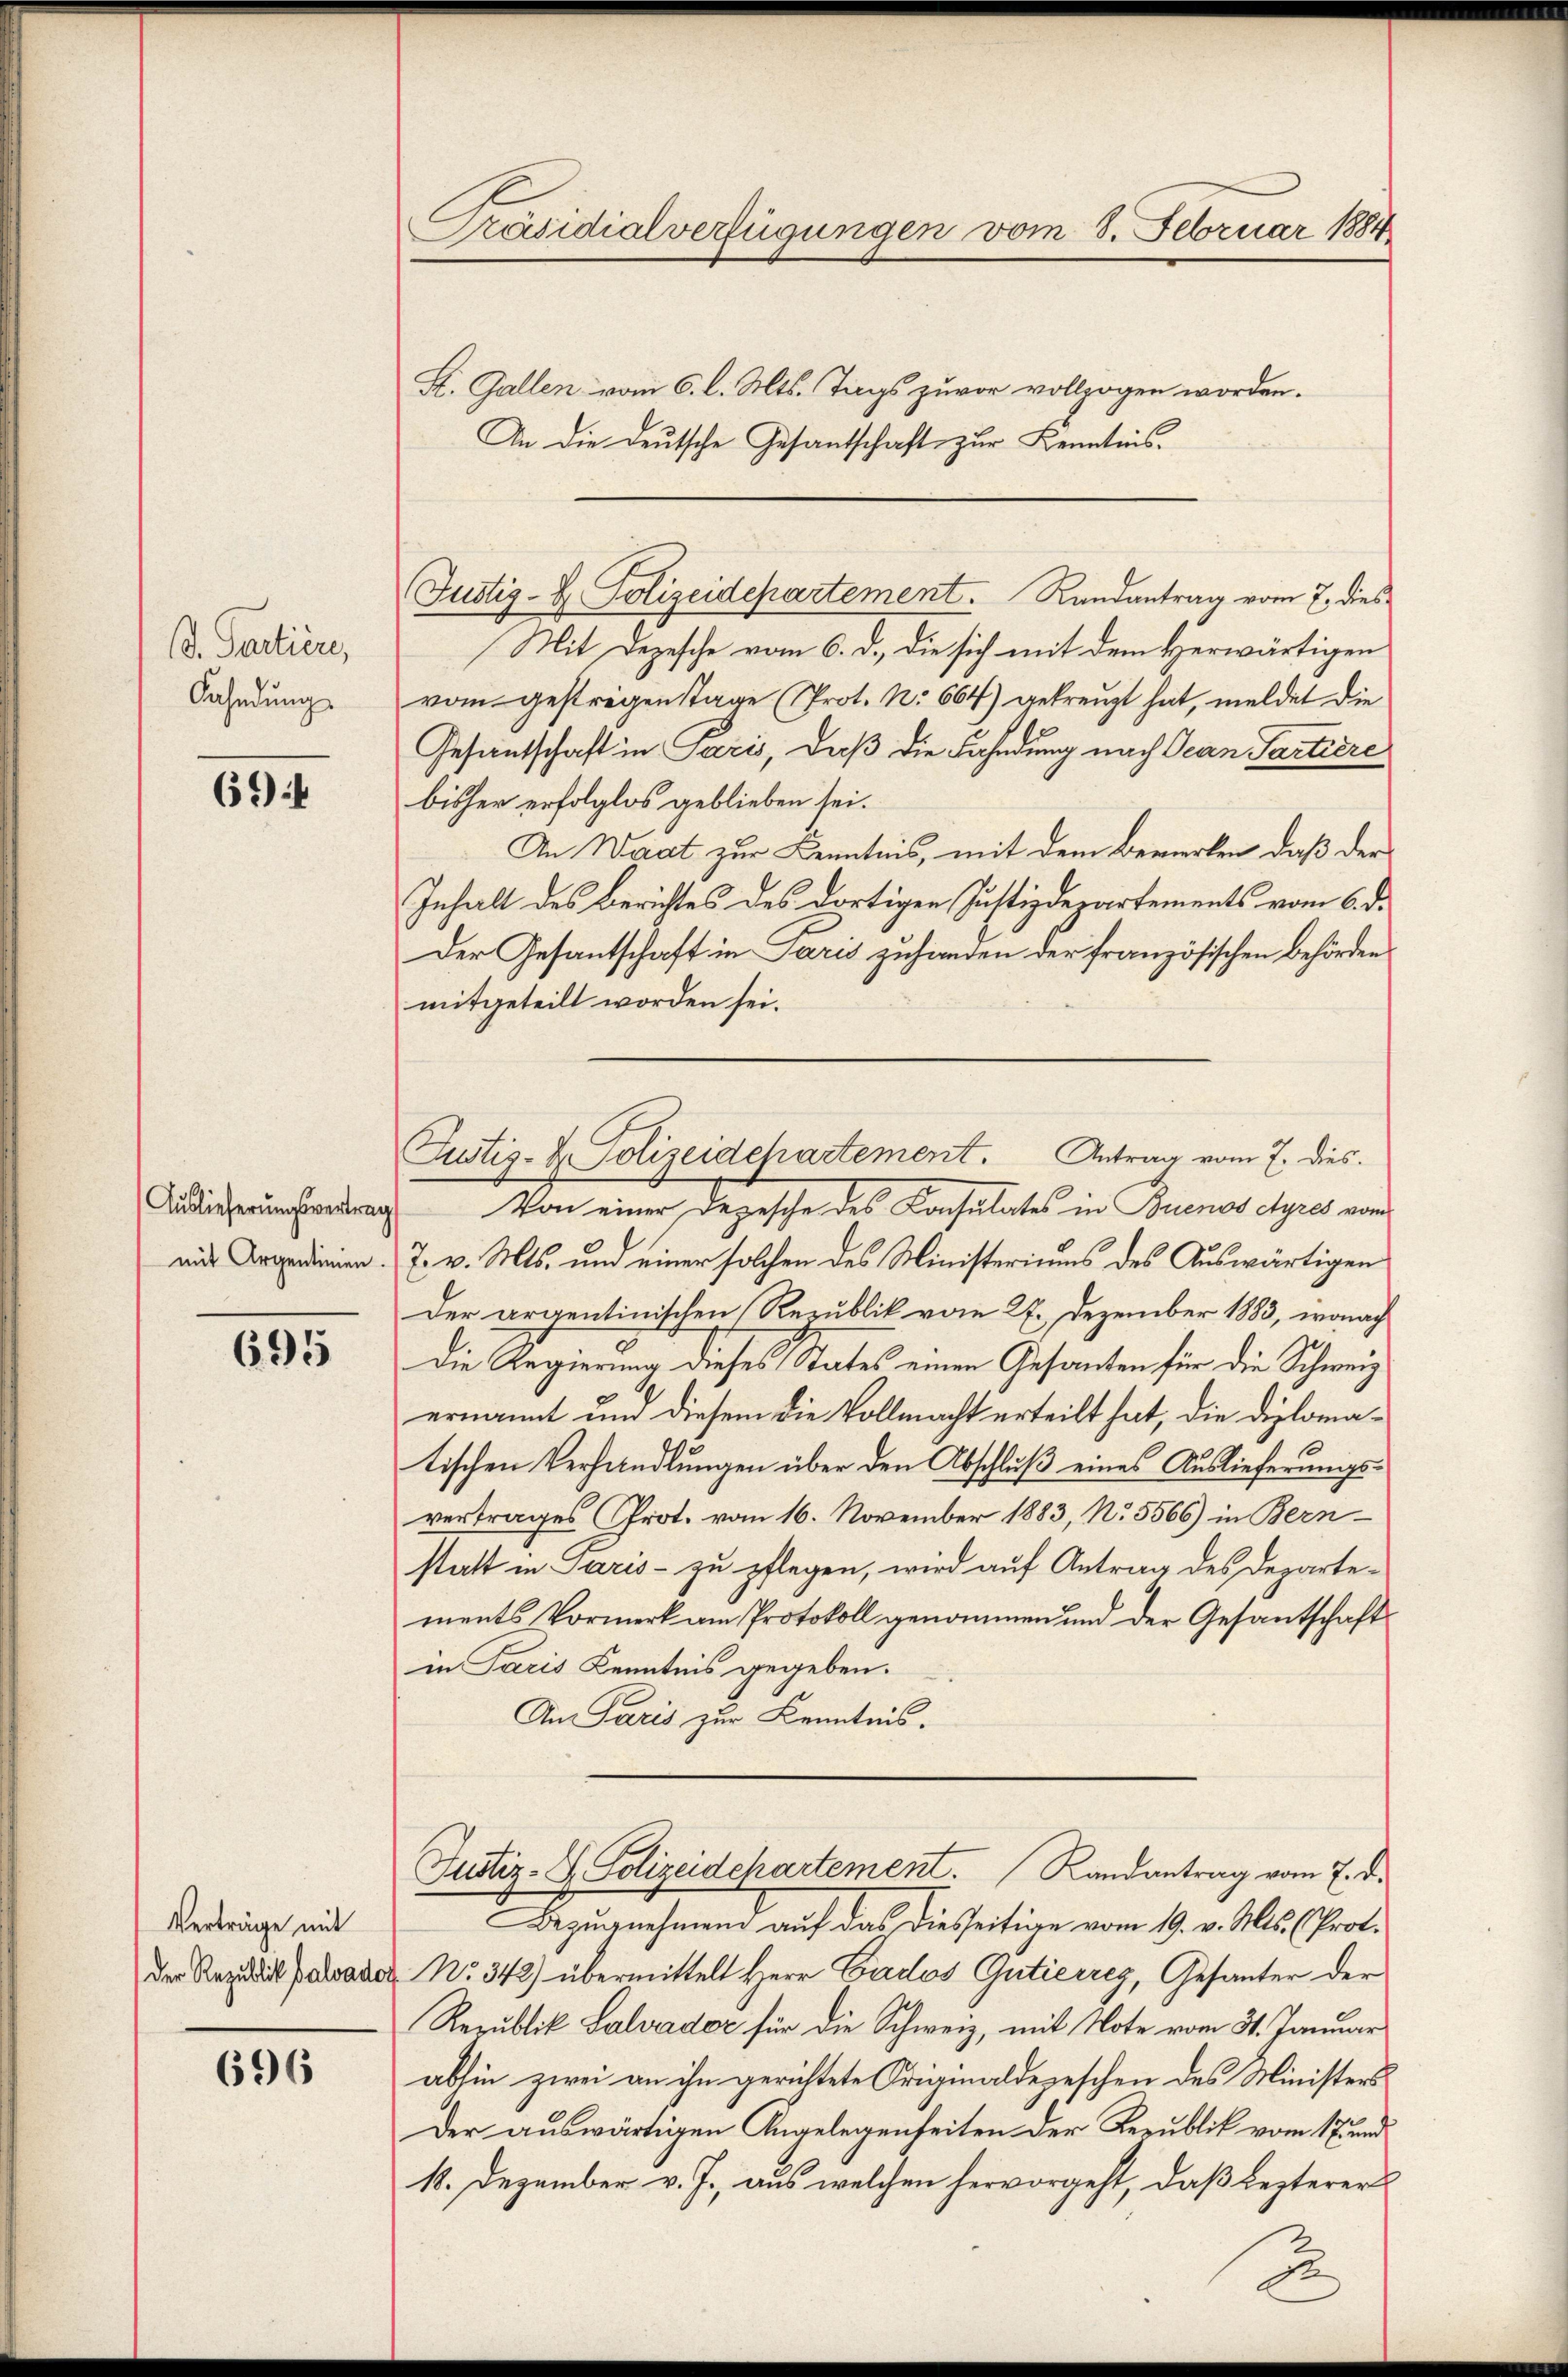
B. Partiere,
Fahndung

69)

mit Argentinien.

695

Verträge mit

696

Präsidialverfügungen vom 8. Februar 1884

St. Gallen vom 6. l. Mts. Tags zuvor vollzogen worden.
An die deutsche Gesantschaft zur Kenntnis.
Justiz- & Polizeidepartement. Randantrag vom 7. dies
Mit Depesche vom 6. d. die sich mit dem Herwärtigen
vom gestrigen Tage (Prot. N. 664) gekreuzt hat, meldet die
Gesantschaft in Paris, daß die Fahndung nach Jean Partiere
bisher erfolglos geblieben sei.
An Waat zur Kenntnis, mit dem Bemerken, daß der
Inhalt des Berichtes des dortigen Justizdepartements vom 6. d.
Der Gesantschaft in Paris zuhänden der französischen Behörden
mitgeteilt worden sei.
 Von einer Depesche des Konsulates in Buenos Ayres vom
7. v. Mts. und einer solchen des Ministeriums des Auswärtigen
Der argentinischen Republik vom 27. Dezember 1883, wonach
Die Regierung dieses States einen Gesandten für die Schweiz
ernannt um diesem die Vollmacht erteilt hat, die Diplomad
tischen Verhandlungen über den Abschluß eines Auslieferungsvertrages Prot. vom 16. November 1883, No. 5566) in Bern
statt in Paris - zu pflegen, wird auf Antrag des Departements Vormerk am Protokoll genommen und der Gesantschaft
in Paris Kenntnis gegeben.
An Paris zur Kenntnis.
Justiz- & Polizeidepartement. Randantrag vom 7. d.
Bezugnehmend auf das diesseitige vom 19. v. Mts. (Prot.
Der Rezidi Parader No. 342) übermittelt Herr Cardes Gutierreg, Gesanter der
Republik Lalvador für die Schweiz, mit Note vom 31. Januar
abhin zwei an ihn gerichtete Originaldepeschen des Ministers
Der auswärtigen Angelegenheiten der Republik vom 17. und
18. Dezember v. J., aus welchen hervorgeht, daß lezterer

Justiz-H. Polizeidepartement. Antrag vom 7. dies

.

2